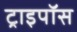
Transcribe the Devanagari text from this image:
ट्राइपॉस